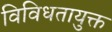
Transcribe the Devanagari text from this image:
विविधतायुक्त